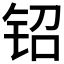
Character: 𬬿